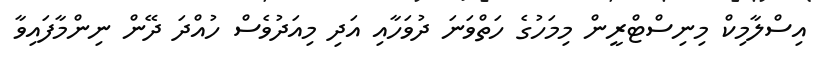
އިސްލާމިކް މިނިސްޓްރީން މިމަހުގެ ހަތްވަނަ ދުވަހާއި އަދި މިއަދުވެސް ހުއްދަ ދޭން ނިންމާފައިވާ